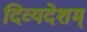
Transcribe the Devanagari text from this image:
दिव्यदेशम्